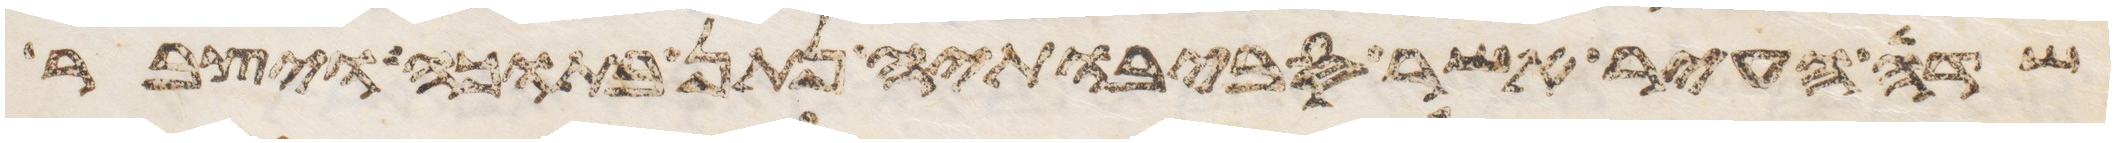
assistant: שדה העיר אשר סביבתיה נתן בתוכה ויצבר